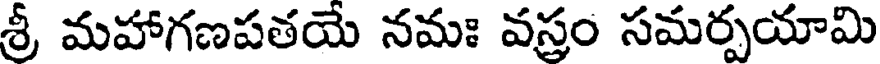
శ్రీ మహాగణపతయే నమః వస్రం సమర్పయామి